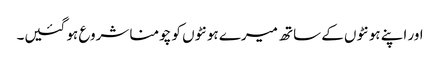
اور اپنے ہونٹوں کے ساتھ میرے ہونٹوں کو چومنا شروع ہو گئیں۔